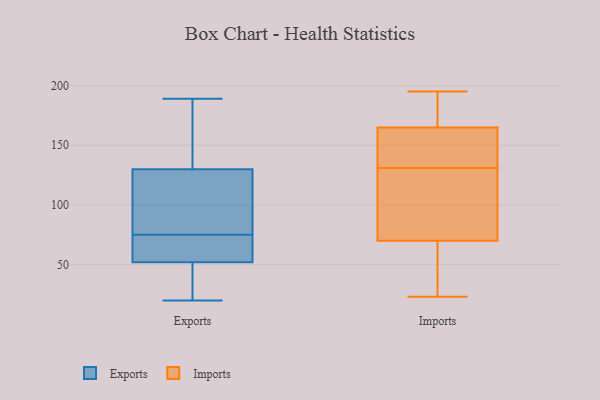
{"axis": {"x": "Inventory Turnover", "y": "Value"}, "legend": ["Exports", "Imports"], "data": [{"x": "", "y": 130, "type": "Exports"}, {"x": "", "y": 54, "type": "Exports"}, {"x": "", "y": 52, "type": "Exports"}, {"x": "", "y": 61, "type": "Exports"}, {"x": "", "y": 120, "type": "Exports"}, {"x": "", "y": 89, "type": "Exports"}, {"x": "", "y": 20, "type": "Exports"}, {"x": "", "y": 179, "type": "Exports"}, {"x": "", "y": 189, "type": "Exports"}, {"x": "", "y": 34, "type": "Exports"}, {"x": "", "y": 163, "type": "Imports"}, {"x": "", "y": 165, "type": "Imports"}, {"x": "", "y": 156, "type": "Imports"}, {"x": "", "y": 74, "type": "Imports"}, {"x": "", "y": 33, "type": "Imports"}, {"x": "", "y": 31, "type": "Imports"}, {"x": "", "y": 190, "type": "Imports"}, {"x": "", "y": 76, "type": "Imports"}, {"x": "", "y": 134, "type": "Imports"}, {"x": "", "y": 195, "type": "Imports"}, {"x": "", "y": 128, "type": "Imports"}, {"x": "", "y": 78, "type": "Imports"}, {"x": "", "y": 137, "type": "Imports"}, {"x": "", "y": 23, "type": "Imports"}, {"x": "", "y": 57, "type": "Imports"}, {"x": "", "y": 70, "type": "Imports"}, {"x": "", "y": 194, "type": "Imports"}, {"x": "", "y": 169, "type": "Imports"}]}